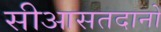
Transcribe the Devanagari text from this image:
सीआसतदानों